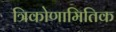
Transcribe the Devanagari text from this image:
त्रिकोणामितिक